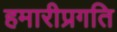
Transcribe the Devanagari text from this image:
हमारीप्रगति